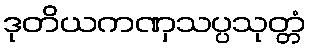
ဒုတိယကဏှသပ္ပသုတ္တံ